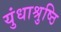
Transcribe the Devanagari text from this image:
युंधाश्रुष्ठि